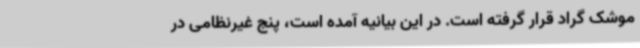
موشک گراد قرار گرفته است. در این بیانیه آمده است، پنج غیرنظامی در